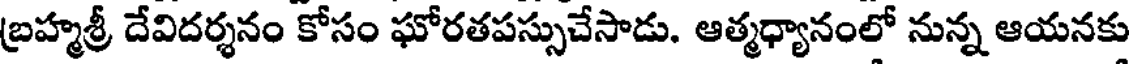
బ్రహ్మశ్రీ దేవిదర్శనం కోసం ఘోరతపస్సుచేసాడు. ఆత్మధ్యానంలో నున్న ఆయనకు